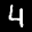
Digit: 4